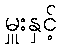
မှူးနှင့်